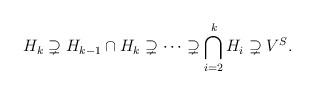
LaTeX: \begin{align*}H_k \supsetneq H_{k - 1}\cap H_k \supsetneq \dots \supsetneq \bigcap_{i=2}^k H_i \supsetneq V^S.\end{align*}